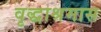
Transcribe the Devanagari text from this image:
वृद्धाश्रमास